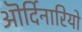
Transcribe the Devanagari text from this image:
ऒर्दिनारियो